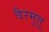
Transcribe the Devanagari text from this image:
वैरमुत्तू